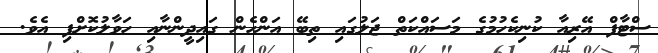
ސްޓާފް އޭރިއާ ކުނިކެހުމުގެ މަސައްކަތް ޖަލުގައި ތިބޭ އަންހެން ގައިދީންނާއި ހަވާލުކޮށްފި އެވެ.